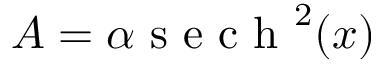
A = \alpha \mathrm { ~ s ~ e ~ c ~ h ~ } ^ { 2 } ( x )